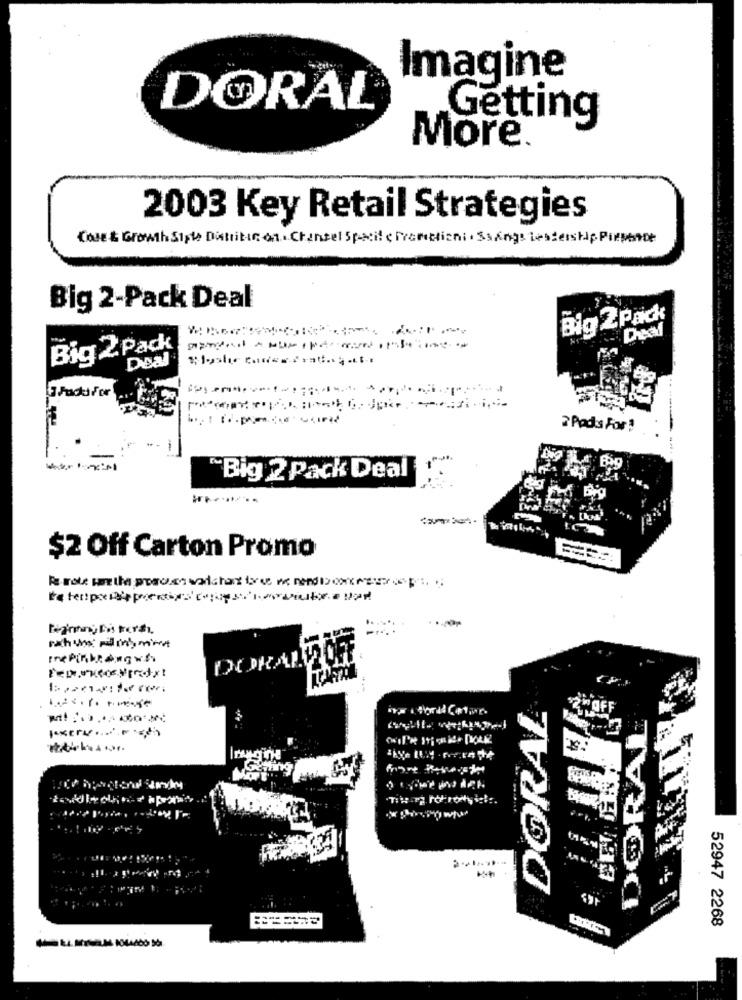
Imagine
DORAL
Getting
More.
2003 Key Retail Strategies
Cose & Growth Siste Distribue on . Channel Specif & Prometiani . SsAngs Leadership PoepenDe
Big 2-Pack Deal
Big 2Pack
Dread
Big 2 Pack
Deal
2 Pods For !
"Big 2 Pack Deal
$2 Off Carton Promo
Ine Pinktengah
DORAL
2OF
DORAL
-
52947 2268